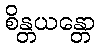
စိန္တယန္တော